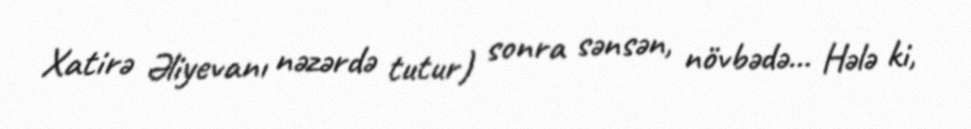
Xatirə Əliyevanı nəzərdə tutur) sonra sənsən, növbədə... Hələ ki,